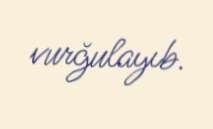
vurğulayıb.